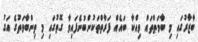
ބާޒާރުގައި މި ބާވަތްތައް ވިއްކާ ބައެއް ފަރާތްތަކުންބުނެފައިވާ ގޮތުގައި މި ތިންބާވަތުގެ އަގު